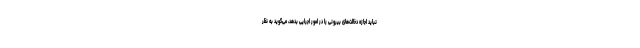
نباید اجازه دخالت‌های بیرونی را در امور اجرایی بدهد، می‌گوید به نظر